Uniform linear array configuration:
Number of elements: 12
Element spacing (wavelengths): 1
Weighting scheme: kaiser
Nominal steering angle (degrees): -30
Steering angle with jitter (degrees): -29.716
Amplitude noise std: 0.05
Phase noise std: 0.05

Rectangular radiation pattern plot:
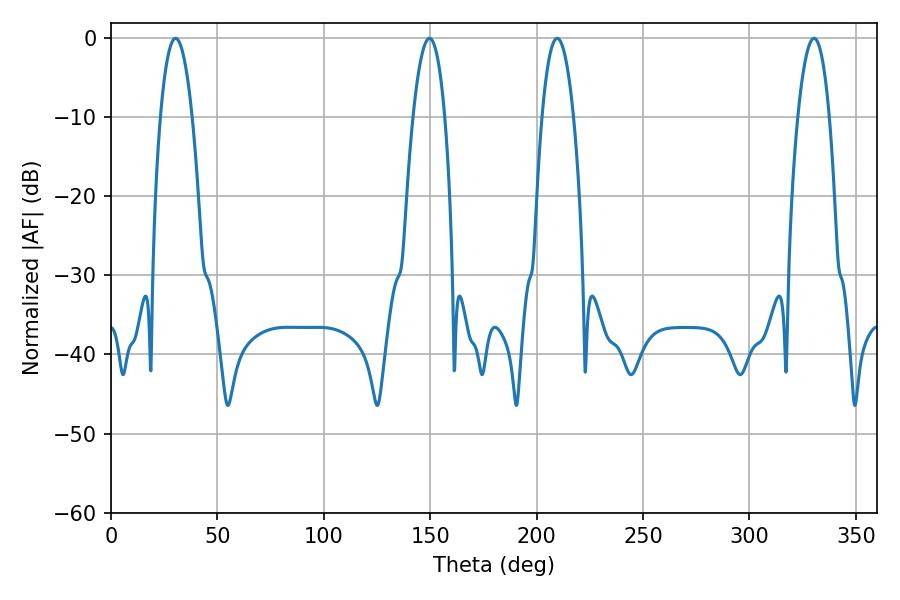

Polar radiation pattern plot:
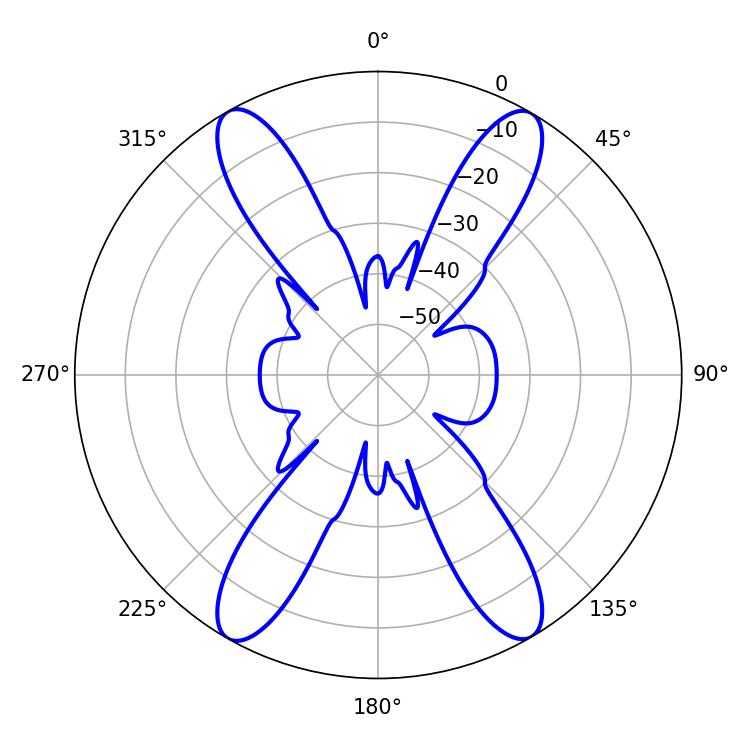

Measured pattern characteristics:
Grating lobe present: TRUE
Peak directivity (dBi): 26.368
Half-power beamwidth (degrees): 8.28
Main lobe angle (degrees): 209.7